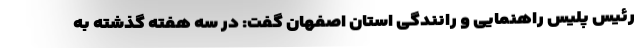
رئیس پلیس راهنمایی و رانندگی استان اصفهان گفت: در سه هفته گذشته به